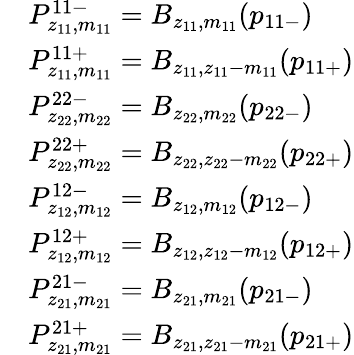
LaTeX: \begin{array}{rl}&{P_{z_{11},m_{11}}^{11-}=B_{z_{11},m_{11}}(p_{11-})}\\ &{P_{z_{11},m_{11}}^{11+}=B_{z_{11},z_{11}-m_{11}}(p_{11+})}\\ &{P_{z_{22},m_{22}}^{22-}=B_{z_{22},m_{22}}(p_{22-})}\\ &{P_{z_{22},m_{22}}^{22+}=B_{z_{22},z_{22}-m_{22}}(p_{22+})}\\ &{P_{z_{12},m_{12}}^{12-}=B_{z_{12},m_{12}}(p_{12-})}\\ &{P_{z_{12},m_{12}}^{12+}=B_{z_{12},z_{12}-m_{12}}(p_{12+})}\\ &{P_{z_{21},m_{21}}^{21-}=B_{z_{21},m_{21}}(p_{21-})}\\ &{P_{z_{21},m_{21}}^{21+}=B_{z_{21},z_{21}-m_{21}}(p_{21+})}\end{array}